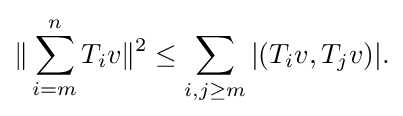
\displaystyle {\|\sum _{i=m}^{n}T_{i}v\|^{2}\leq \sum _{i,j\geq m}|(T_{i}v,T_{j}v)|.}